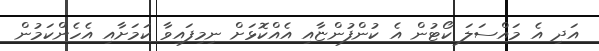
އަދި އެ މައްސަލަ ކޯޓުން އެ ކުންފުންޏާއި އެއްކޮޅަށް ނިމިފައިވާ ކަމަށާއި އެހެންކަމުން